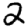
Digit: 2